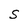
Character: S